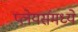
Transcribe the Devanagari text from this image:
प्लेयर्समध्ये